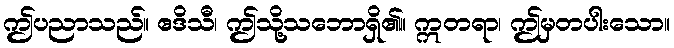
ဤပညာသည်။ ဧဒိသီ၊ ဤသို့သဘောရှိ၏။ ဣတရာ၊ ဤမှတပါးသော။